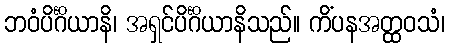
ဘဝံပိင်္ဂိယာနိ၊ အရှင်ပိင်္ဂိယာနိသည်။ ကိံပနအတ္ထဝသံ၊